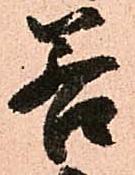
若